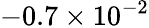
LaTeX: -0.7\times 10^{-2}